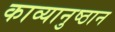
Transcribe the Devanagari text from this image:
काव्यानुष्ठान